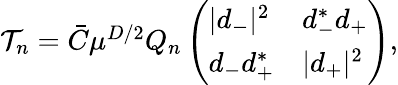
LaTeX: \begin{array}{r}{\mathcal{T}_{n}=\bar{C}\mu^{D/2}Q_{n}\left(\begin{array}{ll}{|d_{-}|^{2}}&{d_{-}^{*}d_{+}}\\ {d_{-}d_{+}^{*}}&{|d_{+}|^{2}}\end{array}\right),}\end{array}